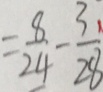
= \frac { 8 } { 2 4 } - \frac { 3 } { 2 8 }